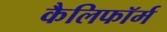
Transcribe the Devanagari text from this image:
कैलिफॉर्म